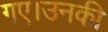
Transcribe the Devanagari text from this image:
गए।उनकी